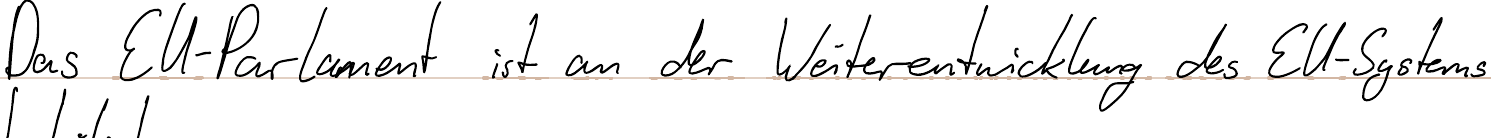
Das EU-Parlament ist an der Weiterentwicklung des EU-Systems